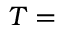
{ \boldsymbol { T } } =